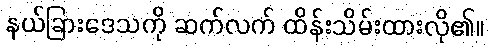
နယ်ခြားဒေသကို ဆက်လက် ထိန်းသိမ်းထားလို၏။